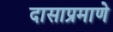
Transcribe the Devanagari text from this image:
दासाप्रमाणे